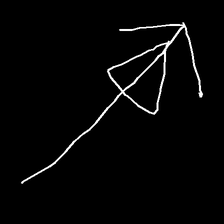
Glyph: pull